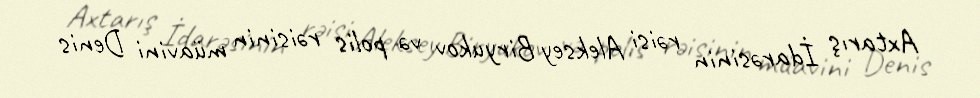
Axtarış İdarəsinin rəisi Aleksey Biryukov və polis rəisinin müavini Denis